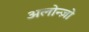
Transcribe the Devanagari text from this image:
अलोन्ज़ो